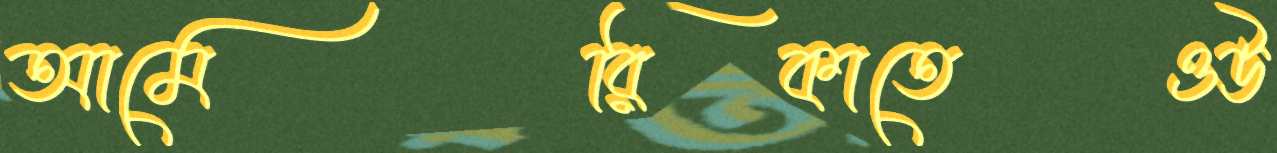
আমেরিকাতেওউ